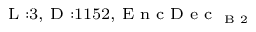
_ { \textrm { L } : 3 , \textrm { D } : 1 1 5 2 , \textrm { E n c D e c } _ { \textrm { B } 2 } }